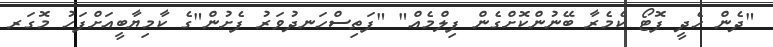
"ދެން ހެދީ ފޮޓޯ ކެމެރާ ބޭނުންކޮށްގެން ފިލްމެއް" "ފަތިސްހަނދުވަރު ފެށުން"ގެ ކާމިޔާބީއަށްފަހު މޮގަރ